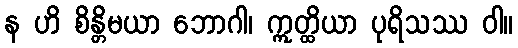
န ဟိ စိန္တိမယာ ဘောဂါ၊ ဣတ္ထိယာ ပုရိသဿ ဝါ။